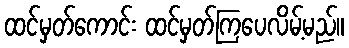
ထင်မှတ်ကောင်း ထင်မှတ်ကြပေလိမ့်မည်။